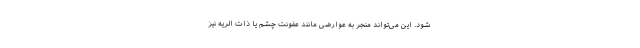
شود. این می‌تواند منجر به عوارضی مانند عفونت چشم یا ذات الریه نیز